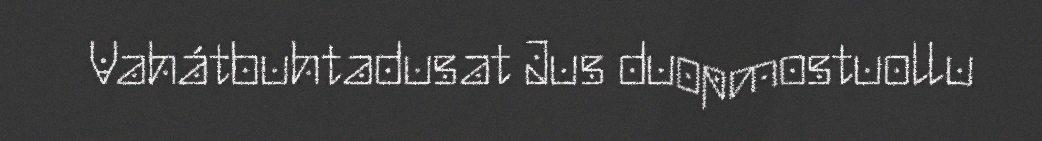
Vahátbuhtadusat Jus duopmostuollu